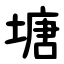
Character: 塘